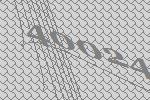
40024